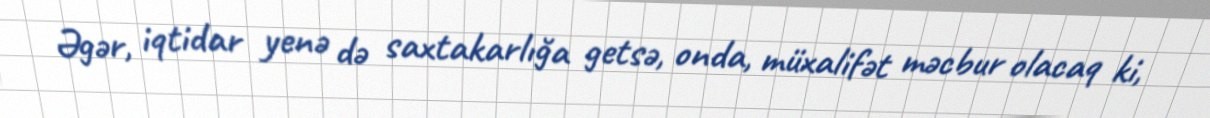
Əgər, iqtidar yenə də saxtakarlığa getsə, onda, müxalifət məcbur olacaq ki,